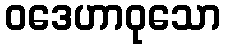
ဝဒေဟာဝုသော